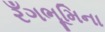
રઁગભૂમિના